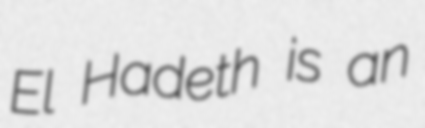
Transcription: El Hadeth is an